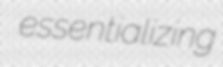
essentializing